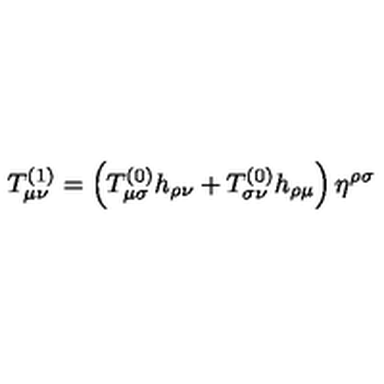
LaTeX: T _ { \mu \nu } ^ { ( 1 ) } = \left( T _ { \mu \sigma } ^ { ( 0 ) } h _ { \rho \nu } + T _ { \sigma \nu } ^ { ( 0 ) } h _ { \rho \mu } \right) \eta ^ { \rho \sigma }